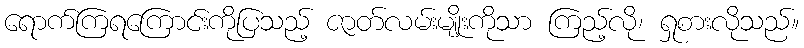
ရောက်ကြရကြောင်းကိုပြသည့် ဇာတ်လမ်းမျိုးကိုသာ ကြည့်လို၊ ရှုစားလိုသည်။